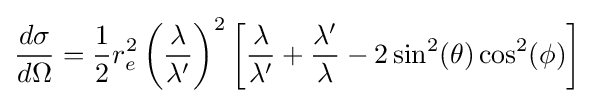
{\frac {d\sigma }{d\Omega }}={\frac {1}{2}}r_{e}^{2}\left({\frac {\lambda }{\lambda '}}\right)^{2}\left[{\frac {\lambda }{\lambda '}}+{\frac {\lambda '}{\lambda }}-2\sin ^{2}(\theta )\cos ^{2}(\phi )\right]